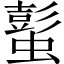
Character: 蟚